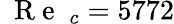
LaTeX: \mathrm{~{~R~e~}~}_{c}=5772